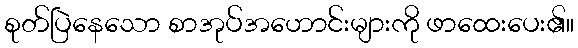
စုတ်ပြဲနေသော စာအုပ်အဟောင်းများကို ဖာထေးပေး၏။